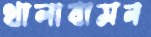
থালাবাসন